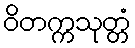
ဝိတက္ကသုတ္တံ